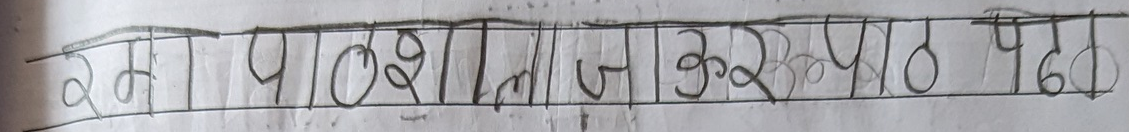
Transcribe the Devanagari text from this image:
कमापठाजाझटपद